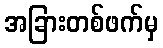
အခြားတစ်ဖက်မှ